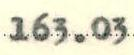
163.03